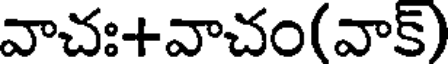
వాచః+వాచం(వాక్)